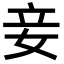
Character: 妾